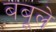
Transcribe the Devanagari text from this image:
बबूले